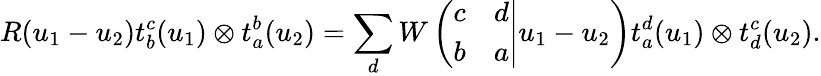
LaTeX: R(u_{1}-u_{2})t_{b}^{c}(u_{1})\otimes t_{a}^{b}(u_{2})=\sum_{d}W\left(\left.\begin{array}{cc}{{c}}&{{d}}\\ {{b}}&{{a}}\end{array}\right|u_{1}-u_{2}\right)t_{a}^{d}(u_{1})\otimes t_{d}^{c}(u_{2}).